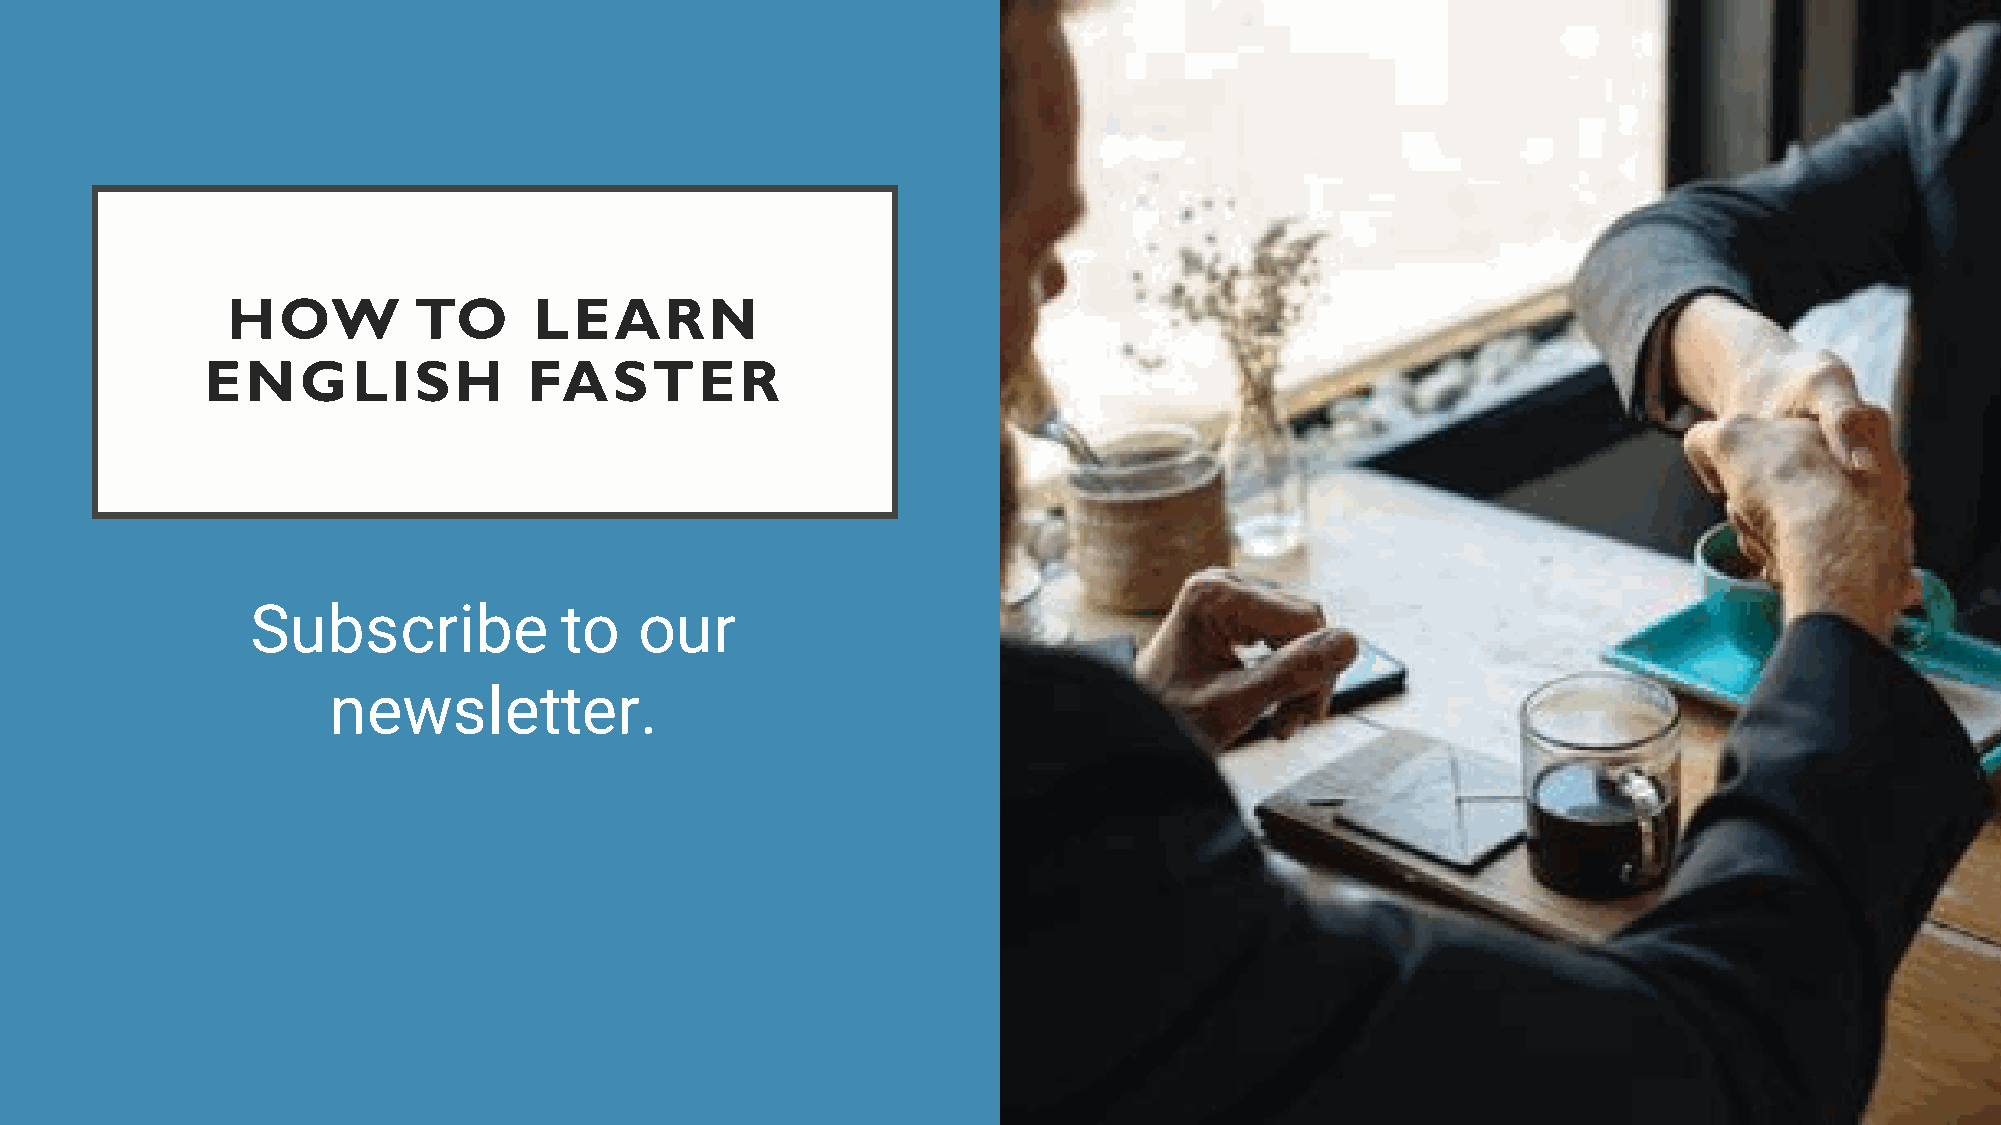
HOW         TO      LEARN
 ENGLISH              FASTER
 Subscribe           to   our
 newsletter.